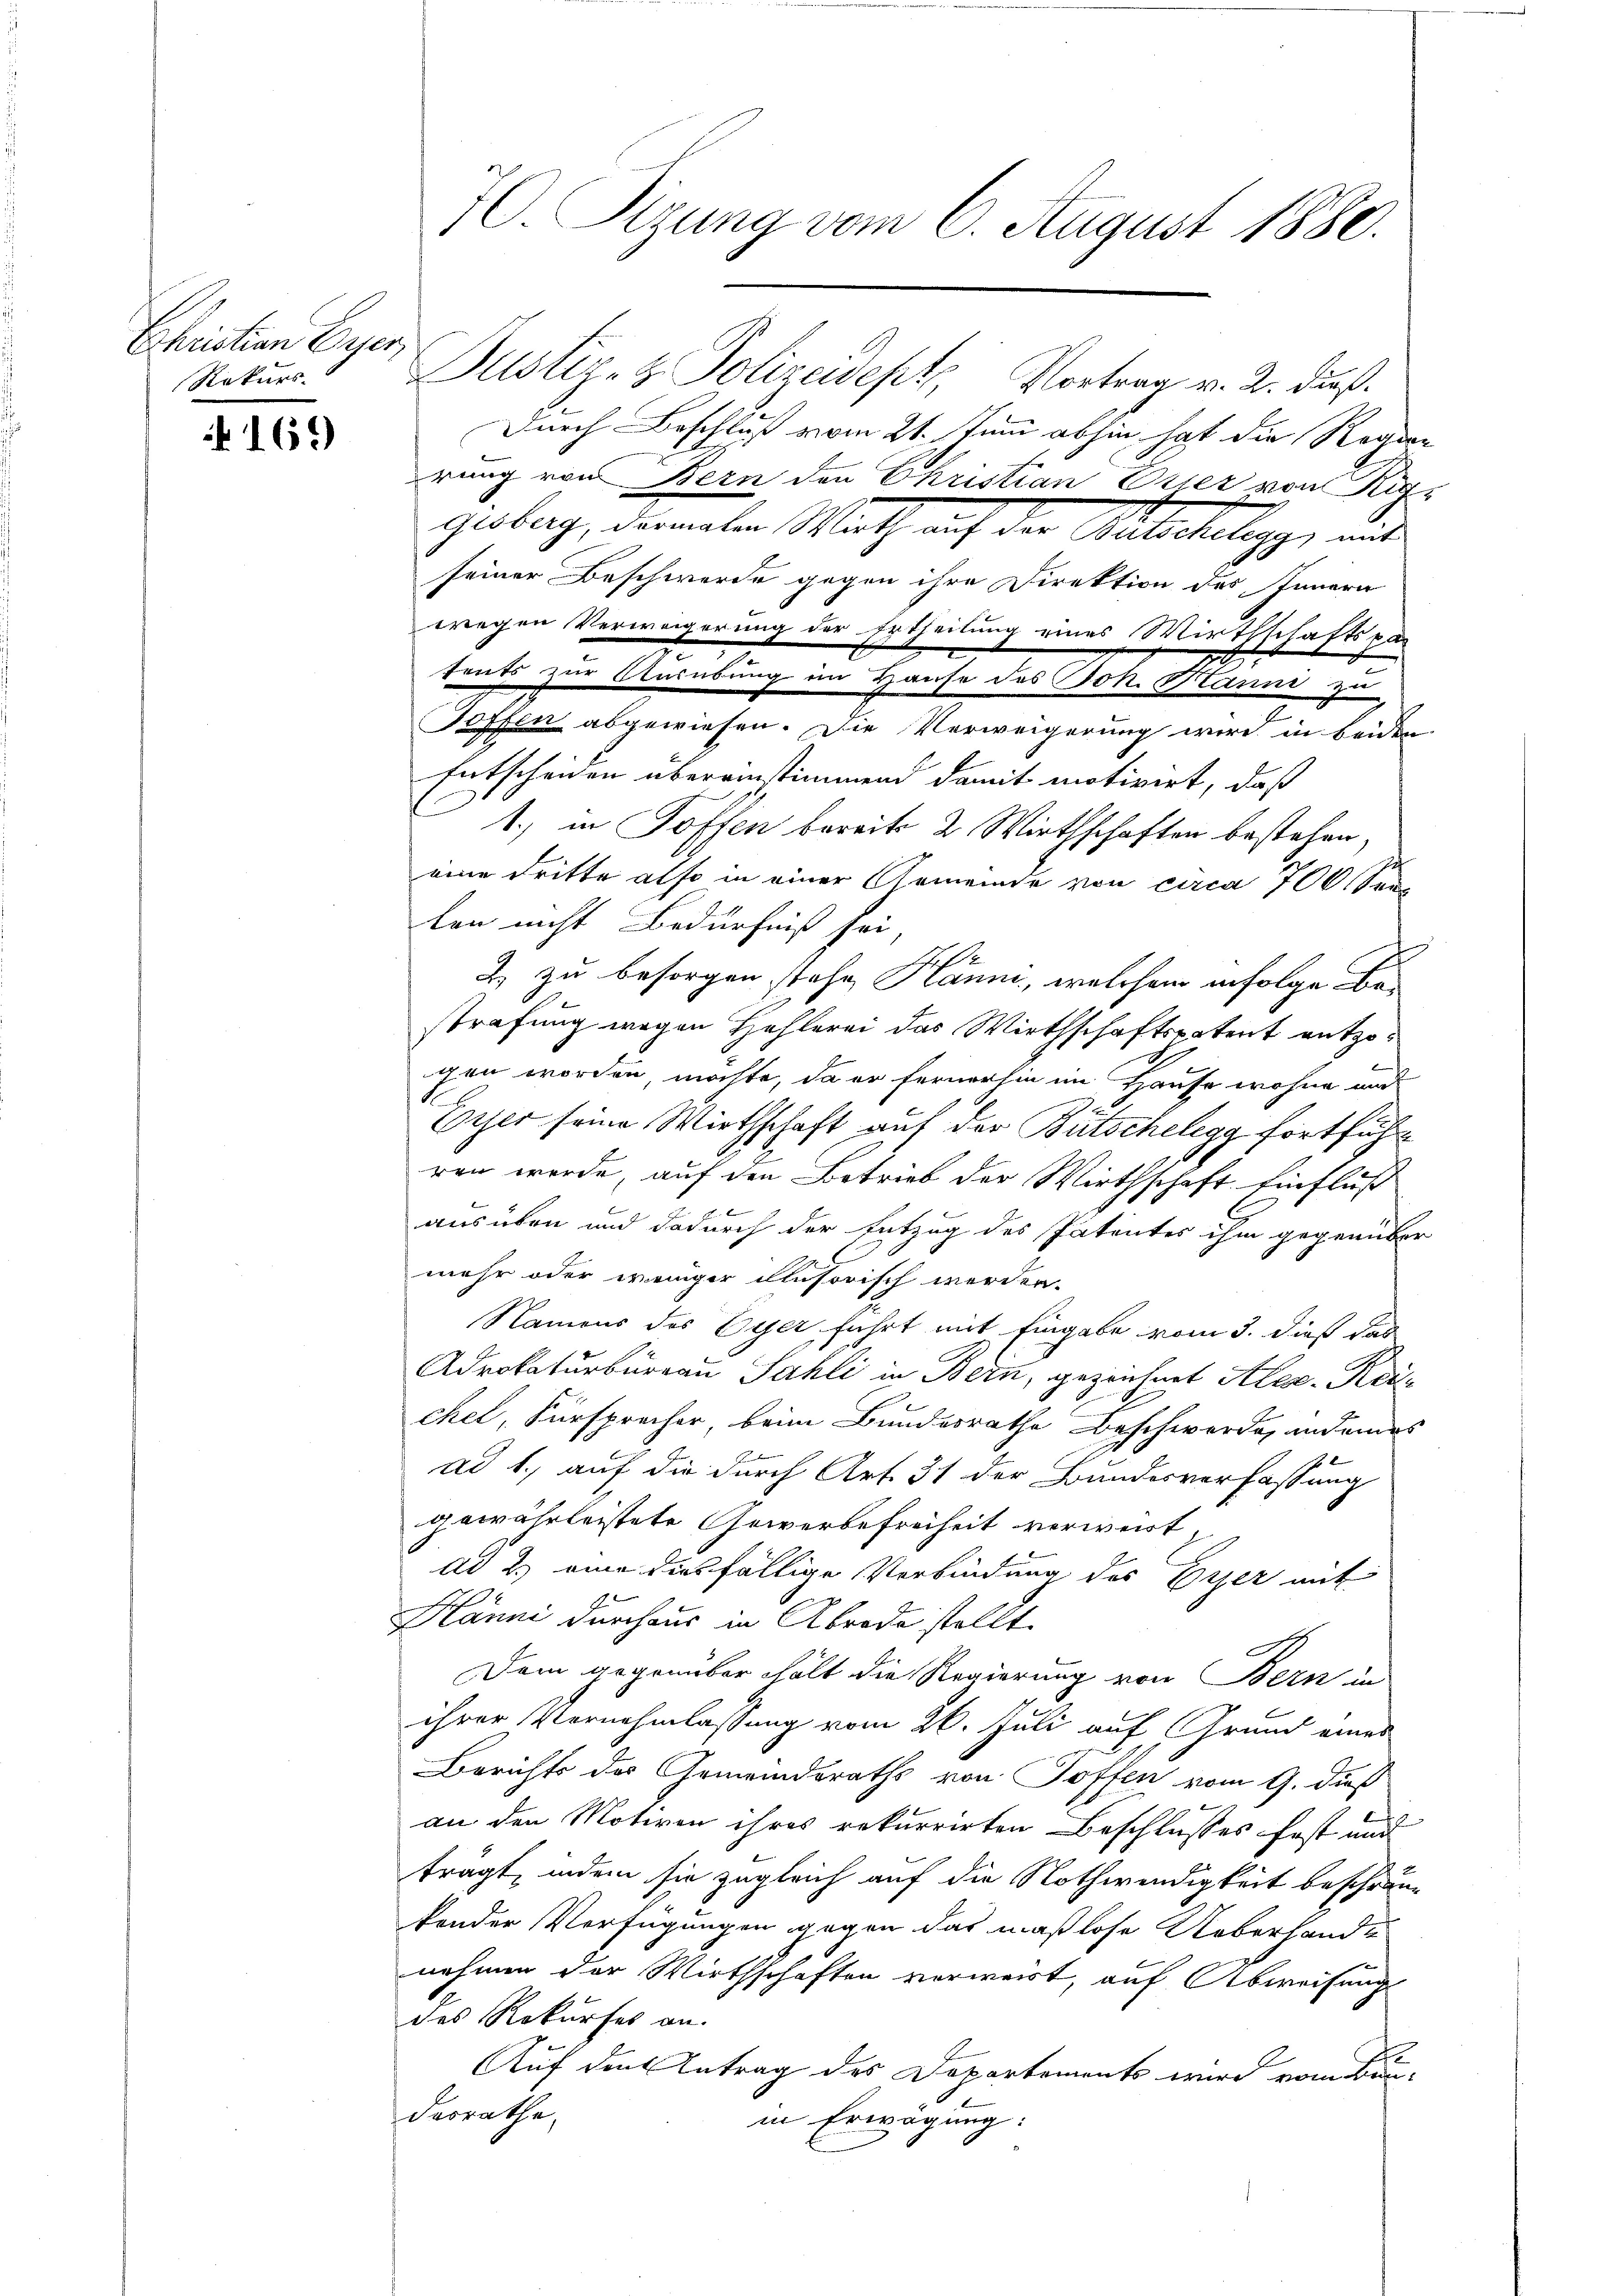
Ehristian Eier,
Rekurs.

169

Justiz- & Polizeidept Vortrag v. 2. dieß.
durch Beschluß vom 21. Juni abhin hat die Regie
rung von Bern den Christian Euer von Rig
Geburg, deraten Math auf der Mitschlegg, mit
seiner Beschwerde gegen ihre Direktion des Innern
wegen Verweigerung der Ertheilung eines Wirthschaftspa-
sents zur Ausübung im Hause des Joh. Banni zu
Toffen abgewiesen. Die Verweigerung wird in beiden
Entscheiden übereinstimmend damit motivirt, daß
 1., in Toffen bereits 2 Wirthschaften bestehen,
eine dritte also in einer Armende von circa 700 Sei
len nicht Bedürfniß sei,
Gese
2. zu besorgen stehe, Bann, welchem infolge Bes
strafung wegen Hehlerei das Wirthschaftspatent entzogen worden möchte, da er fernerhin im Hause wohne und
.
Eyser seine Wirthschaft auf der Bütschelegg fortführen werde, auf den Betrieb der Wirthschaft Einfluß
ausüben und dadurch der Entzug des Patentes ihm gegenüber
mehr oder weniger clusorisch werden.
Namens des Eyer führt mit Eingabe vom 3. dieß das
Adrokaturbureau Sahli in Bern, gezeichnet Alex-Keichel, Fürsprecher beim Bundesrathe Beschwerde, andeines

ad 1., auf die durch Art. 31 der Bundesverfassung
gewährleistete Gewerbefreiheit verweist
Ad 2.) eine diesfällige Verbindung des Eiser mit
E
Hänni durchaus in Abrede stellt.
Dem gegenüber hält die Regierung von Bern in
ihrer Vernehmlassung vom 26. Juli auf Grund eines
Berichts des Gemeindsraths von Toffen vom 9. dieß
an den Motiven ihres rekurrirten Beschlusses fast und
frägt, indem sie zugleich auf die Nothwendigkeit beschränkonder Verfügungen gegen das maßlose Ueberhande
nehmen der Wirthschaften vorweist, auf Abweisung
des Rekurses an.
Auf den Antrag des Departements wird vom Bun-
dasrathe
in Erwägung:

70 Sizung vom 6. August 1880.